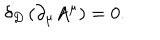
\delta _ { D } \left( { \partial _ { \mu } A ^ { \mu } } \right) = 0 .